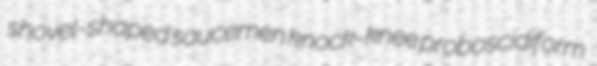
shovel-shaped saucemen knock-knee proboscidiform